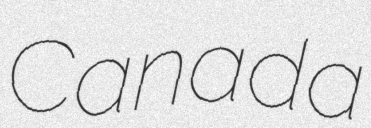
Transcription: Canada